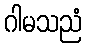
ဂါမသညံ